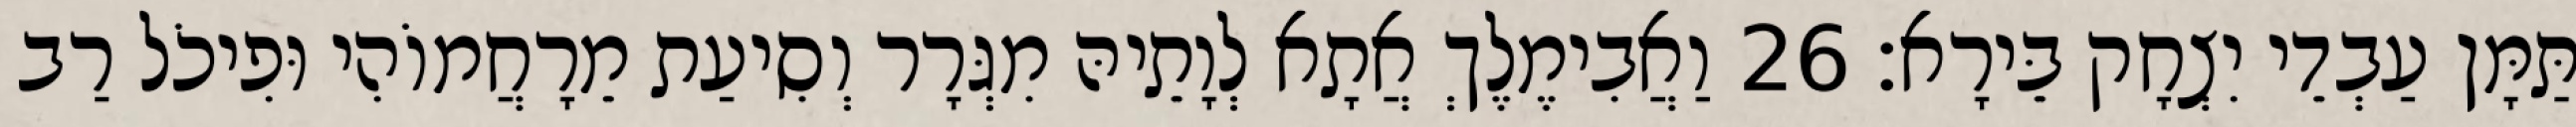
תַּמָּן עַבְדֵי יִצְחָק בֵּירָא׃ 26 וַאֲבִימֶלֶךְ אֲתָא לְוָתֵיהּ מִגְּרָר וְסִיעַת מֵרָחֲמוֹהִי וּפִיכֹל רַב